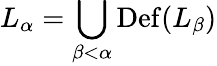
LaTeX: L_{\alpha}=\bigcup_{\beta<\alpha}\operatorname{D\mathrm{e}f}(L_{\beta})